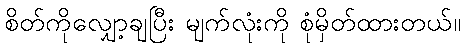
စိတ်ကိုလျှော့ချပြီး မျက်လုံးကို စုံမှိတ်ထားတယ်။